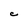
Character: C